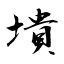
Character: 墤